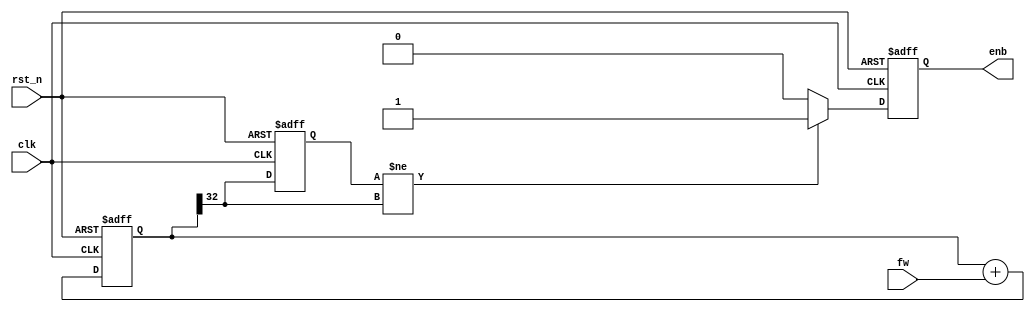
// =================================================================================/
// Project Name :
// Author       :
// Email        :
// Creat Time   :
// Module Ver   : V1.0
// Abstract     :
//
// CopyRight(c) 2014, Authors
// All Rights Reserved
//
// Modification History:
// V1.0         initial
// =================================================================================/
`timescale 1ns/1ns

module dds_clken #(
parameter                           U_DLY = 1
)(
input                               clk,
input                               rst_n,
input           [31:0]              fw,
output  reg                         enb
);
// Parameter Define

// Register Define
reg     [32:0]                      acc;
reg                                 acc_msb;

// Wire Define

//160k: 26843546
//96k : 16106127

always @ (posedge clk or negedge rst_n )
begin
    if (rst_n == 1'b0)
        begin
            acc <= 33'd0;
            acc_msb <= 1'b0;
            enb <= 1'b0;
        end
    else
        begin
            acc <= #U_DLY acc + fw;

            acc_msb <= #U_DLY acc[32];

            if(acc_msb != acc[32])
                enb <= #U_DLY 1'b1;
            else
                enb <= #U_DLY 1'b0;
        end
end
endmodule